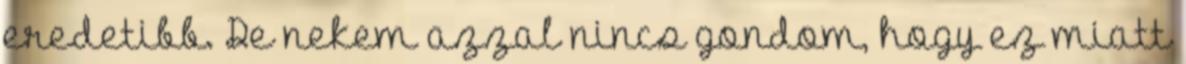
eredetibb. De nekem azzal nincs gondom, hogy ez miatt